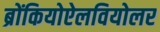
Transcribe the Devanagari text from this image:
ब्रोंकियोऐलवियोलर